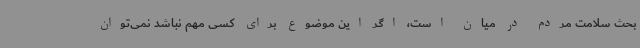
بحث سلامت مردم در میان است، اگر این موضوع برای کسی مهم نباشد نمی‌توان